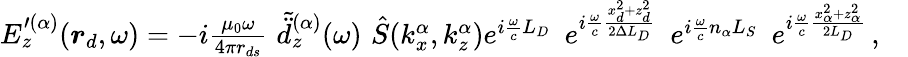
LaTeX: \begin{array}{r}{E_{z}^{\prime(\alpha)}(\boldsymbol{r}_{d},\omega)=-i\frac{\mu_{0}\omega}{4\pi r_{ds}}\, \, \tilde{\ddot{d}}_{z}^{(\alpha)}(\omega)\, \, \hat{S}(k_{x}^{\alpha},k_{z}^{\alpha})e^{i\frac{\omega}{c}L_{D}}\, \, \, e^{i\frac{\omega}{c}\frac{x_{d}^{2}+z_{d}^{2}}{2\Delta L_{D}}}\, \, \, e^{i\frac{\omega}{c}n_{\alpha}L_{S}}\, \, \, e^{i\frac{\omega}{c}\frac{x_{\alpha}^{2}+z_{\alpha}^{2}}{2L_{D}}}\, ,\quad}\end{array}